Medical and sanitary report of the native army of Madras for the year
Year: 1876
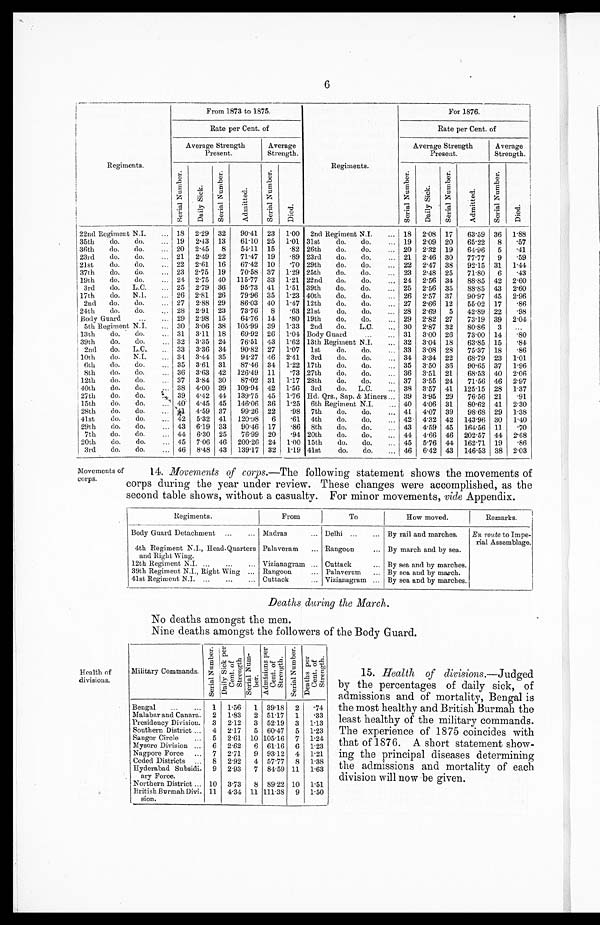
6
Regiments.
From 1873 to 1875.
Regiments.
For 1876.
Rate per Cent. of
Rate per Cent. of
Average Strength
Present.
Average
Strength.
Average Strength
Present.
Average
Strength.
S e r i a l N u m b e r .
Da i l y Si c k.
S e r i a l Nu mb e r .
Admi t t ed.
S e r i a l Nu mb e r .
Died.
S e r i a l N u m b e r .
Da i l y S i c k .
S e r i a l Nu mb e r .
Admi t t ed.
S e r i a l N u m b e r .
Died.
22nd Regiment N.I.
... 18 2.29 32
90.41 23
1 . 00 2nd Regiment N.I.
... 18 2.08 17
63.59 36
1.88
35th
do.
do.
... 19
2.43 13
61.10 25
1.01 31st
do.
do.
... 19
2.09 20
65.22
8
.57
36th
do.
do.
... 20 2.45
8
54.11 15
.82 26th
do.
do.
... 20 2.32 19
64.96
5
.41
23rd
do.
do.
... 21
2.49 22
71.47 19
.89 23rd
do.
do.
... 21
2.46 30
77.77
9
.59
21st
do.
do.
... 22 2.61 16
67.42 10
.70 29th
do.
do.
... 22 2.47 38
92.15 31
1.44
37th
do.
do. . . . 23 2.75 19
70.58 37
1.29 25th
do.
do.
... 23
2.48 25
71.80
6
.43
19th
do.
do.
... 24 2.75 40
115.77 33 1.21 22nd
do.
do.
... 24 2.56 34
88.85 42 2.60
3rd
do.
L . C . . . .
25 2.79 36
95.73 41
1.51 39th
do.
do.
... 25 2.56 35
88.85 43
2.60
17th
do.
N.I.
... 26 2.81 26
79.96 35
1.23 40th
do.
do. ...
26 2.57 37
90.97 45
2.96
2nd
do.
do.
... 27
2.88 29
86.03 40
1.47 12th
do.
do.
... 27
2.66 12
55.02 17
.86
24th
do.
do. ...
28 2.91 23
73.76
8
.63 21st
do.
do.
... 28
2.69
5
42.89 22
.98
Body Guard
... ... 29 2.98 15
64.76 14
.80 19th
do.
do.
... 29 2.82 27
73.19 39 2.04
5th Regiment N.I.
... 30 3.06 38
105.99 39
1.33 2nd
do.
L.C.
... 30 2.87 32
80.86
3
. . .
13th
do.
do.
... 31
3.11 18
69.92 26
1.04 Body Guard
...
... 31
3.00 26
73.00 14
.80
39th
do.
do.
... 32 3.35 24
76.51 43
1.62 13th Regiment N.I.
... 32 3.04 18
63.85 15
.84
2nd
do.
L.C.
... 33
3.36 34
90.82 27
1.07
1st
do.
do.
... 33
3.08 28
75.37 18
.86
10th
do.
N.I.
... 34 3.44 35
94.27 46 2.41
3rd
do.
do. ...
34 3.34 22
68.79 23
1.01
6th
do.
do. ...
35 3.61 31
87.46 34
1.22 17th
do.
do. ...
3 5 3.50 36
90.65 37
1.96
8th
do.
do.
... 36 3.63 42
126.49 11
.73 27th
do.
do. :.. 36 3.51 21
68.53 40 2.06
12th
do.
do.
... 37 3.84 30
87.02 31
1.17 28th
do.
do.
... 37
3.55 24
71.56 46 2.97
40th
do.
do.
... 38 4.00 39
109.94 42 1.56
3rd
do.
L.C.
... 38
3.57 41
125.15 28
1.37
27th
do.
do.
. . . 39 4.42 44
139.75 45 1.76 Hd. Qrs., Sap. & Miners ... 39 3.95 29
76.56 21
.91
15th
do.
do.
. . . 40 4.45 45
146.06 36 1.25 6th Regiment N.I.
... 40 4.06 31
80.62 41
2.30
28th
do.
do. ...
4 1 4.59 37
99.26 22
.98 7th
do.
do.
... 41
4.07 39
98.68 29
1.38
41st
do.
do.
... 42
5.32 41
120.98
6
.61 4th
do.
do.
... 42 4.32 42 143.96 30
1.40
29th
do.
do.
... 43 6.19 33
90.46 17
.86 8th
do.
do.
... 43
4.59 45
164.56 11
.70
7th
do.
do.
... 44
6.30 25
76.99 20
.94 20th
do.
do.
... 44 4.66 46 202.57 44
2.68
20th
do.
do.
... 45 7.06 46
200.26 24 1.00 15th
do.
d o . . . .
45
5.76 44 162.71 19
.86
3rd
do.
do.
... 46
8.48 43
139.17 32 1.19 41st
do.
do.
... 46 6.42 43
146.53 38 2.03
Movements of
corps.
14. Movements of corps .—The following statement shows the movements of
corps during the year under review. These changes were accomplished, as the
second table shows, without a casualty. For minor movements, vide Appendix.
Regiments.
From
To
How moved.
Remarks.
Body Guard Detachment ...
... Madras
... Delhi ...
... By rail and marches.
En route to Impe-
rial Assemblage.
4th Regiment N.I., Head-Quarters
a n d R i g h t W i n g .
Palaveram
... Rangoon
... By march and by sea.
12th Regiment N.I. . .
...
... Viziana gram ... Cuttack
... By sea and by marches.
39th Regiment N.I., Right Wing ... Rangoon
... Palaveram
... By sea and by march.
41st Regiment N.I. ...
...
... Cuttack
... Vizianagram ... By sea and by marches.
Deaths during the March.
No deaths amongst the men.
Nine deaths amongst the followers of the Body Guard.
Health of
divisions.
Military Commands.
S e r i a l N u m b e r .
D a i l y S i c k p e r C e n t . o f S t r e n g t h
S e r i a l Nu m- b e r . Admi s i ons pe r Ce nt . of St r e ngt h.
S e r i a l N u m b e r .
D e a t h s p e r C e n t . o f S t r e n g t h .
Bengal
... . . . 1
1.56
1 39.18
2
.74
Malabar and Canara.
2
1.83
2 51.17
1
.33
Presidency Division.
3
2.12
3 52.19
3
1.13
Southern District ...
4 2.17
5 60.47
5 1.23
Saugor Circle
...
5
2.61 10 105.16
7 1.24
Mysore Division ...
6 2.62
6 61.16
6 1.23
Nagpore Force
...
7
2.71
9 93.12
4 1.21
Ceded Districts
. . . 8
2.92
4 57.77
8
1.38
Hyderabad Subsidi-
ary Force.
9 2.93
7 84.59 11
1.63
Northern District ... 10 3.73
8 89.22 10
1.51
British Burmah Divi-
sion.
11
4.34 11 111.38
9
1.50
15. Health of divisions .—Judged
by the percentages of daily sick, of
admissions and of mortality, Bengal is
the most healthy and British Burmah the
least healthy of the military commands.
The experience of 1875 coincides with
that of 1876. A short statement show-
ing the principal diseases determining
the admissions and mortality of each
division will now be given.